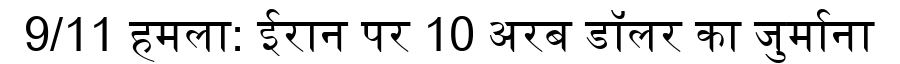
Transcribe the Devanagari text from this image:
9/11 हमला: ईरान पर 10 अरब डॉलर का जुर्माना